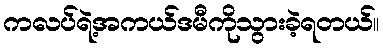
ကလပ်ရဲ့အကယ်ဒမီကိုသွားခဲ့ရတယ်။